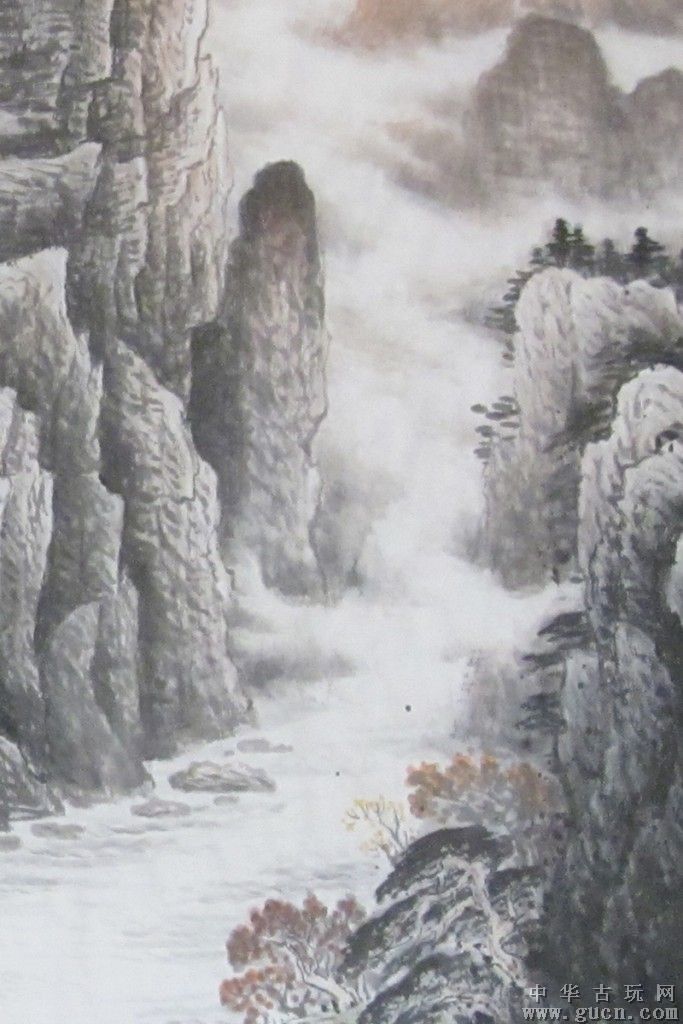
万里伤心严谴日，百年垂死中兴时。